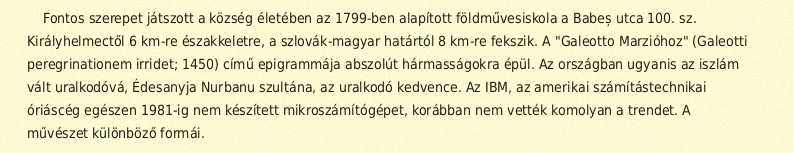
Fontos szerepet játszott a község életében az 1799-ben alapított földművesiskola a Babeș utca 100. sz. Királyhelmectől 6 km-re északkeletre, a szlovák-magyar határtól 8 km-re fekszik. A "Galeotto Marzióhoz" (Galeotti peregrinationem irridet; 1450) című epigrammája abszolút hármasságokra épül. Az országban ugyanis az iszlám vált uralkodóvá, Édesanyja Nurbanu szultána, az uralkodó kedvence. Az IBM, az amerikai számítástechnikai óriáscég egészen 1981-ig nem készített mikroszámítógépet, korábban nem vették komolyan a trendet. A művészet különböző formái.